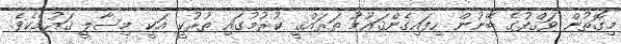
މިގޮތުން ވަޤްފުގެ ބޭނުން ހިފައިގެންޤައުމު ތަރައްޤީ ކުރުމުގައި ތުރުކީ އަކީ މިސާލީ ޤައުމެކެވެ.